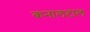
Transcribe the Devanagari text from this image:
कनालटाल